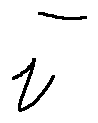
i